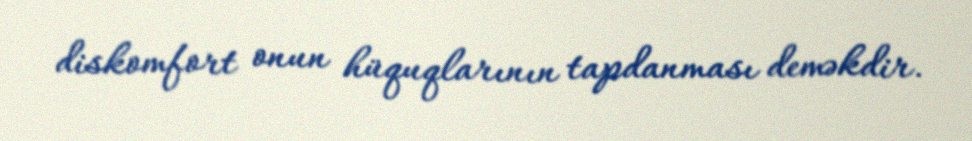
diskomfort onun hüquqlarının tapdanması deməkdir.